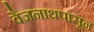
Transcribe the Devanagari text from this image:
वैजनाथपासून